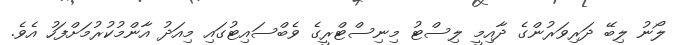
ލޯނު ލިބޭ ދަރިވަރުންގެ ދާއިމީ ލިސްޓު މިނިސްޓްރީގެ ވެބްސައިޓުގައި މިއަދު އާންމުކުރުމަށްފަހު އެވެ.